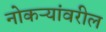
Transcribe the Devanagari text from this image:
नोकऱ्यांवरील